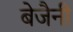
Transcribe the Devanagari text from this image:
बेजैनी